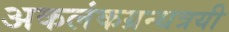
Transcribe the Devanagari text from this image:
अकलंकग्रन्थत्रयी